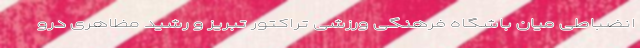
انضباطی میان باشگاه فرهنگی ورزشی تراکتور تبریز و رشید‌ مظاهری درو